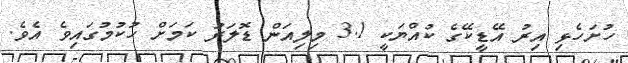
ހުށަހެޅި އިރު އޭޑީކޭގެ ކުއްޔަކީ 3.1 މިލިއަން ޑޮލަރު ކަމަށް ހުކުމުގައިވެ އެވެ.